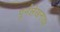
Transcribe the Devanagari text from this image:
पुर्नलेखनावर